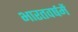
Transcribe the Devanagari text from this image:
भारतवर्षमें